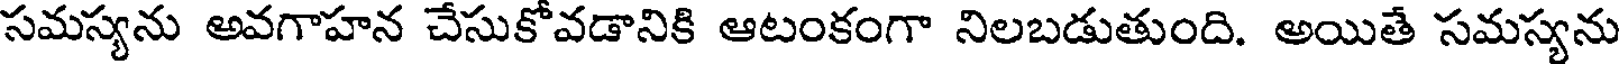
సమస్యను అవగాహన చేసుకోవడానికి ఆటంకంగా నిలబడుతుంది. అయితే సమస్యను